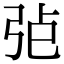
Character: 𢏍